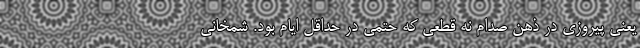
یعنی پیروزی در ذهن صدام نه قطعی که حتمی در حداقل ایام بود. شمخانی